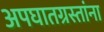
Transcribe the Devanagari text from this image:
अपघातग्रस्तांना